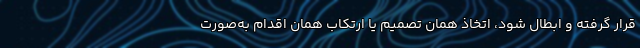
قرار گرفته و ابطال شود، اتخاذ همان تصمیم یا ارتکاب همان اقدام به‌صورت